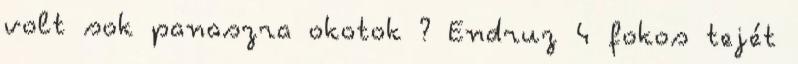
volt sok panaszra okotok ? Endruz 4 fokos tejét